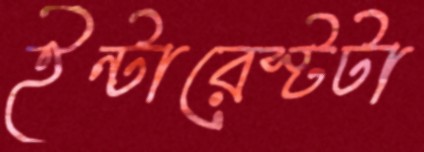
ইন্টারেস্টটা